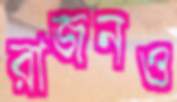
রাজনও